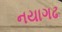
નયાગઢ